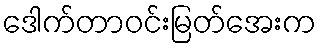
ဒေါက်တာဝင်းမြတ်အေးက